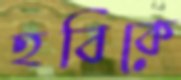
হবিকে